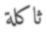
ثاكلة